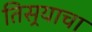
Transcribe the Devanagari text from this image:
तिसर्‍याचा